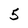
Character: 5